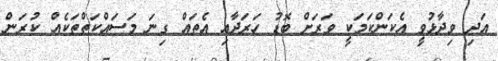
އަދި ވިދާޅުވީ އެކަންކަމަކީ ވަރަށް ބޮޑު ހަރަދާއި އެތައް ގިނަ މަސައްކަތްތަކެއް ކުރަން